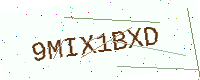
Text: 9MIX1BXD